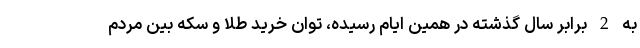
به 2 برابر سال گذشته در همین ایام رسیده، توان خرید طلا و سکه بین مردم